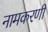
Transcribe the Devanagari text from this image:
नामकरणी